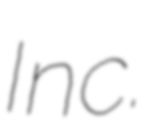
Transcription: Inc.